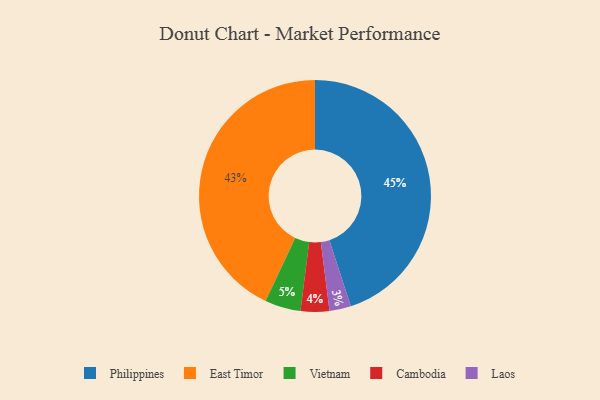
{"axis": {"x": "Category", "y": "Percentage"}, "legend": ["Cambodia", "East Timor", "Laos", "Philippines", "Vietnam"], "data": [{"x": "Vietnam", "y": 5, "type": "Vietnam"}, {"x": "Cambodia", "y": 4, "type": "Cambodia"}, {"x": "East Timor", "y": 43, "type": "East Timor"}, {"x": "Laos", "y": 3, "type": "Laos"}, {"x": "Philippines", "y": 45, "type": "Philippines"}]}